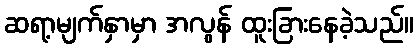
ဆရာ့မျက်နှာမှာ အလွန် ထူးခြားနေခဲ့သည်။